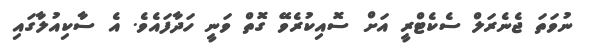
ނުވަތަ ޖެނެރަލް ސެކެޓްރީ އަށް ސޮއިކުރެވޭ ގޮތް ވަނީ ހަދާފައެވެ. އެ ސާކިއުލާގައި